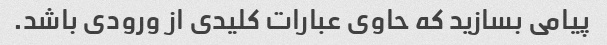
پیامی بسازید که حاوی عبارات کلیدی از ورودی باشد.